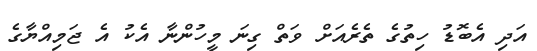
އަދި އެބޮޑު ހިތުގެ ތެރެއަށް ވަތް ގިނަ މީހުންނާ އެކު އެ ޖަމިއްޔާގެ